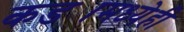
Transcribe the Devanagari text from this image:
कड्यामध्येही